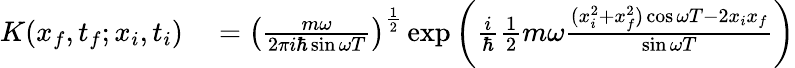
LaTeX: \begin{array}{rl}{K(x_{f},t_{f};x_{i},t_{i})}&{{}=\left({\frac{m\omega}{2\pi i\hbar\sin\omega T}}\right)^{\frac{1}{2}}\exp{\left({\frac{i}{\hbar}}{\frac{1}{2}}m\omega{\frac{(x_{i}^{2}+x_{f}^{2})\cos\omega T-2x_{i}x_{f}}{\sin\omega T}}\right)}}\end{array}